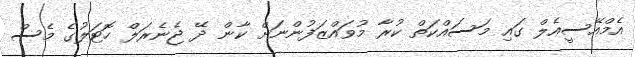
އެމްއޭސީއެލް ގައި މަސައްކަތް ކުރާ މުވަައްޒަފުންނަށް ކާން ދޭ ޖެނެރަލް ހޮޓަލުގެ މެސް